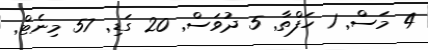
4 މަސް